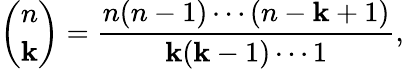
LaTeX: {\binom{n}{\mathbf{k}}}={\frac{{n(n-1)\dotsb(n-\mathbf{k}+1)}}{{\mathbf{k}(\mathbf{k}-1)\dotsb1}}},